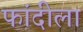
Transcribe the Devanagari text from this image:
फांदीला